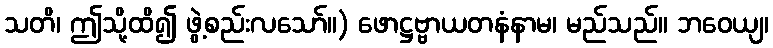
သတိ၊ ဤသို့ထိ၍ ဖွဲ့စည်းလသော်။) ဖောဋ္ဌဗ္ဗာယတနံနာမ၊ မည်သည်။ ဘဝေယျ၊